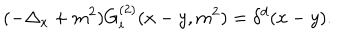
( - \Delta _ { x } + m ^ { 2 } ) G _ { i } ^ { ( 2 ) } ( x - y , m ^ { 2 } ) = \delta ^ { d } ( x - y ) .